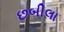
છબીલા